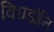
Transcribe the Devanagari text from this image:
विघडोनि